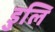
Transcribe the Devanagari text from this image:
डुलि